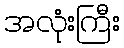
အလုံးကြီး